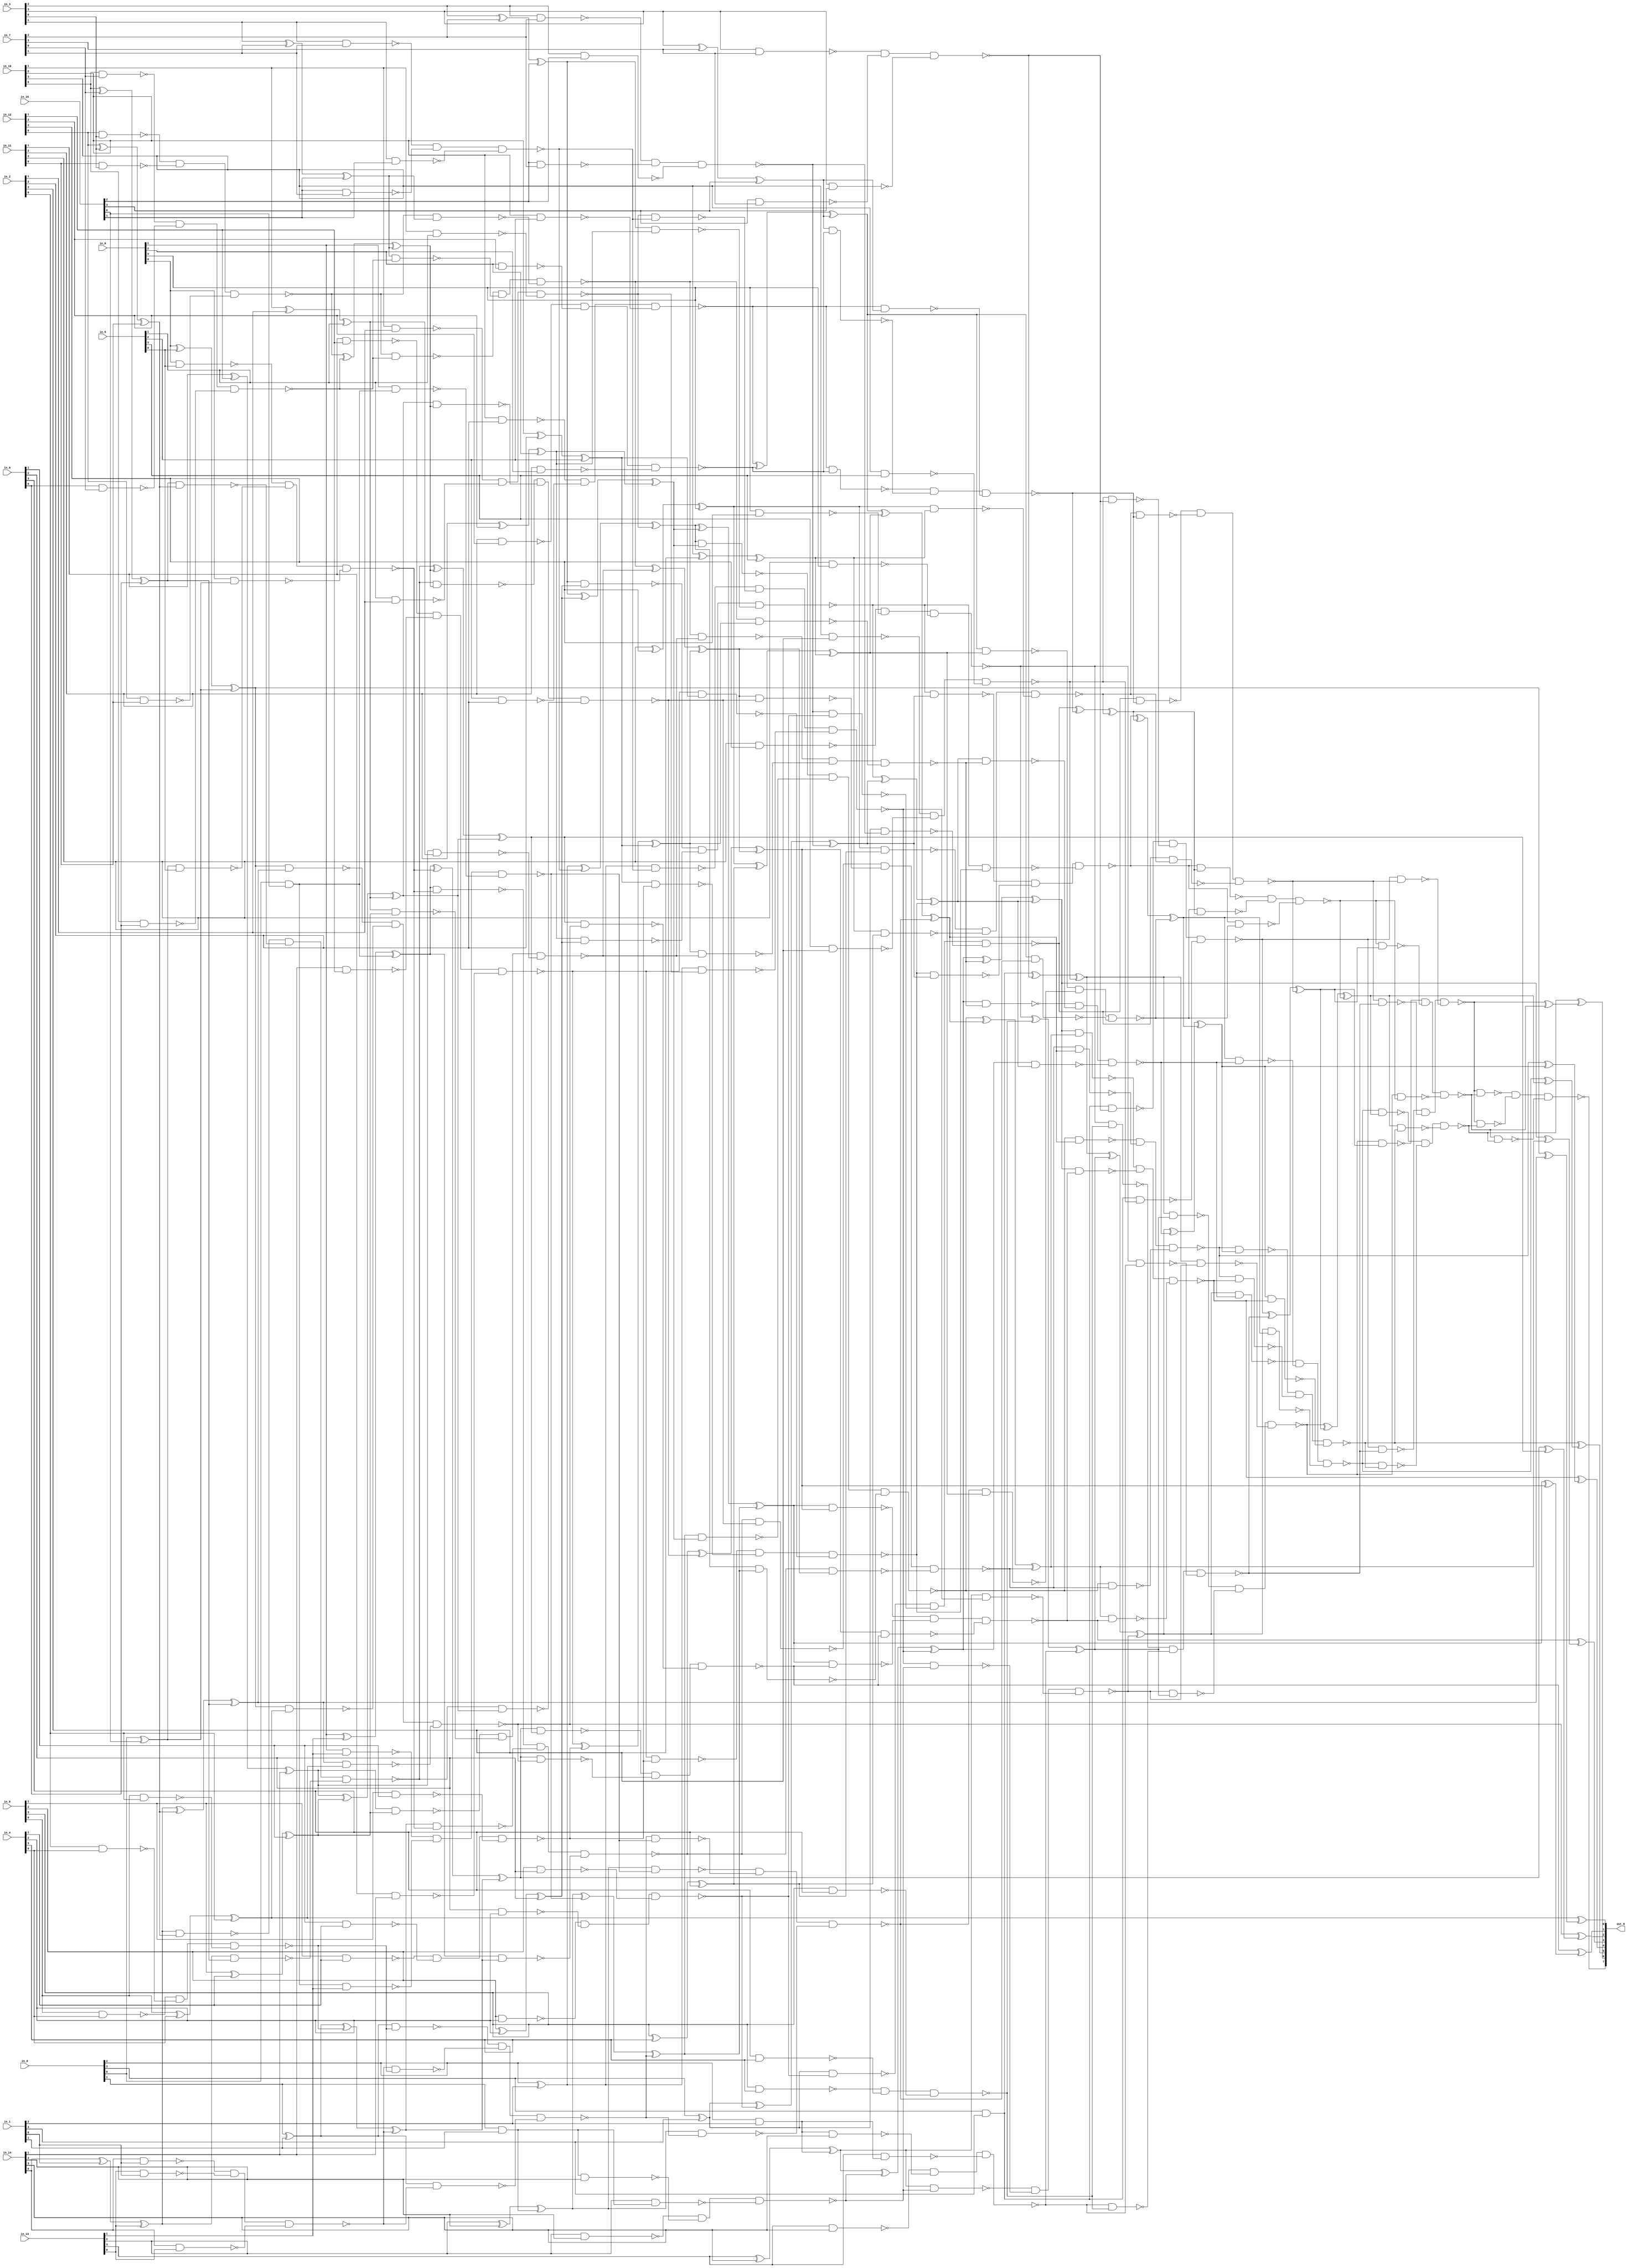
module csa_tree_add_469_129_group_97_GENERIC_REAL(in_0, in_1, in_2,
     in_3, in_4, in_5, in_6, in_7, in_8, in_9, in_10, in_11, in_12,
     in_13, in_14, in_15, out_0);
// synthesis_equation "assign out_0 = ( ( ( ( ( ( ( ( ( ( ( ( ( ( ( in_14 + in_15 )  + in_13 )  + in_12 )  + in_11 )  + in_10 )  + in_9 )  + in_8 )  + in_7 )  + in_6 )  + in_5 )  + in_4 )  + in_3 )  + in_2 )  + in_1 )  + in_0 )  ;"
  input [3:0] in_0, in_1, in_2, in_3, in_4, in_5, in_6, in_7, in_8,
       in_9, in_10, in_11, in_12, in_13, in_14, in_15;
  output [7:0] out_0;
  wire [3:0] in_0, in_1, in_2, in_3, in_4, in_5, in_6, in_7, in_8,
       in_9, in_10, in_11, in_12, in_13, in_14, in_15;
  wire [7:0] out_0;
  wire n_74, n_75, n_76, n_77, n_78, n_79, n_80, n_82;
  wire n_83, n_84, n_85, n_86, n_87, n_88, n_89, n_90;
  wire n_91, n_92, n_93, n_94, n_95, n_96, n_97, n_98;
  wire n_99, n_100, n_101, n_102, n_103, n_104, n_105, n_106;
  wire n_107, n_108, n_109, n_110, n_111, n_112, n_113, n_114;
  wire n_115, n_116, n_117, n_118, n_119, n_120, n_121, n_122;
  wire n_123, n_124, n_125, n_126, n_127, n_128, n_129, n_130;
  wire n_131, n_132, n_133, n_134, n_135, n_136, n_137, n_138;
  wire n_139, n_140, n_141, n_142, n_143, n_144, n_145, n_146;
  wire n_147, n_148, n_149, n_150, n_151, n_152, n_153, n_154;
  wire n_155, n_156, n_157, n_158, n_159, n_160, n_161, n_162;
  wire n_163, n_164, n_165, n_166, n_167, n_168, n_169, n_170;
  wire n_171, n_172, n_173, n_174, n_175, n_176, n_177, n_178;
  wire n_179, n_180, n_181, n_182, n_183, n_184, n_185, n_186;
  wire n_187, n_188, n_189, n_190, n_191, n_192, n_193, n_194;
  wire n_195, n_196, n_197, n_198, n_199, n_200, n_201, n_202;
  wire n_203, n_204, n_205, n_206, n_207, n_208, n_209, n_210;
  wire n_211, n_212, n_213, n_214, n_215, n_216, n_217, n_218;
  wire n_219, n_220, n_221, n_222, n_223, n_224, n_225, n_226;
  wire n_227, n_228, n_229, n_230, n_231, n_232, n_233, n_234;
  wire n_235, n_236, n_237, n_238, n_239, n_240, n_241, n_242;
  wire n_243, n_244, n_245, n_246, n_247, n_248, n_249, n_250;
  wire n_251, n_252, n_253, n_254, n_255, n_256, n_257, n_258;
  wire n_259, n_260, n_261, n_262, n_263, n_264, n_265, n_266;
  wire n_267, n_268, n_269, n_270, n_271, n_272, n_273, n_274;
  wire n_275, n_276, n_277, n_278, n_279, n_280, n_281, n_282;
  wire n_283, n_284, n_285, n_286, n_287, n_288, n_289, n_290;
  wire n_291, n_292, n_293, n_294, n_295, n_296, n_297, n_298;
  wire n_299, n_300, n_301, n_302, n_303, n_304, n_305, n_306;
  wire n_307, n_308, n_309, n_310, n_311, n_312, n_313, n_314;
  wire n_315, n_316, n_317, n_318, n_319, n_320, n_321, n_322;
  wire n_323, n_324, n_325, n_326, n_327, n_328, n_329, n_330;
  wire n_331, n_332, n_333, n_334, n_335, n_336, n_337, n_338;
  wire n_339, n_340, n_341, n_342, n_343, n_344, n_345, n_346;
  wire n_347, n_348, n_349, n_350, n_351, n_352, n_353, n_354;
  wire n_355, n_356, n_357, n_358, n_359, n_360, n_361, n_362;
  wire n_363, n_364, n_365, n_366, n_367, n_368, n_369, n_370;
  wire n_371, n_372, n_373, n_374, n_375, n_376, n_377, n_378;
  wire n_379, n_380, n_381, n_382, n_383, n_384, n_385, n_386;
  wire n_387, n_388, n_389, n_390, n_391, n_392, n_393, n_394;
  wire n_395, n_396, n_397, n_398, n_399, n_400, n_401, n_402;
  wire n_403, n_404, n_405, n_406, n_407, n_408, n_409, n_410;
  xor g1 (n_90, in_0[0], in_15[0]);
  and g54 (n_94, in_0[0], in_15[0]);
  xor g55 (n_181, in_14[0], in_1[0]);
  xor g2 (n_91, n_181, in_13[0]);
  nand g56 (n_182, in_14[0], in_1[0]);
  nand g57 (n_183, in_13[0], in_1[0]);
  nand g58 (n_184, in_14[0], in_13[0]);
  nand g59 (n_97, n_182, n_183, n_184);
  xor g60 (n_185, in_12[0], in_3[0]);
  xor g61 (n_92, n_185, in_11[0]);
  nand g3 (n_186, in_12[0], in_3[0]);
  nand g62 (n_187, in_11[0], in_3[0]);
  nand g63 (n_188, in_12[0], in_11[0]);
  nand g64 (n_98, n_186, n_187, n_188);
  xor g65 (n_189, in_10[0], in_7[0]);
  xor g66 (n_93, n_189, in_9[0]);
  nand g67 (n_190, in_10[0], in_7[0]);
  nand g4 (n_191, in_9[0], in_7[0]);
  nand g68 (n_192, in_10[0], in_9[0]);
  nand g69 (n_99, n_190, n_191, n_192);
  xor g70 (n_193, in_8[0], in_4[0]);
  xor g71 (n_89, n_193, in_2[0]);
  nand g72 (n_194, in_8[0], in_4[0]);
  nand g73 (n_195, in_2[0], in_4[0]);
  nand g5 (n_196, in_8[0], in_2[0]);
  nand g74 (n_96, n_194, n_195, n_196);
  xor g75 (n_197, in_6[0], in_5[0]);
  xor g76 (n_80, n_197, n_90);
  nand g77 (n_198, in_6[0], in_5[0]);
  nand g78 (n_199, n_90, in_5[0]);
  nand g79 (n_200, in_6[0], n_90);
  nand g6 (n_105, n_198, n_199, n_200);
  xor g80 (n_201, n_91, n_92);
  xor g81 (n_88, n_201, n_93);
  nand g82 (n_202, n_91, n_92);
  nand g83 (n_203, n_93, n_92);
  nand g84 (n_204, n_91, n_93);
  nand g85 (n_107, n_202, n_203, n_204);
  xor g86 (n_95, in_0[1], in_1[1]);
  and g87 (n_110, in_0[1], in_1[1]);
  xor g88 (n_205, in_3[1], in_7[1]);
  xor g89 (n_100, n_205, in_15[1]);
  nand g90 (n_206, in_3[1], in_7[1]);
  nand g91 (n_207, in_15[1], in_7[1]);
  nand g92 (n_208, in_3[1], in_15[1]);
  nand g93 (n_112, n_206, n_207, n_208);
  xor g94 (n_209, in_8[1], in_4[1]);
  xor g95 (n_102, n_209, in_9[1]);
  nand g96 (n_210, in_8[1], in_4[1]);
  nand g97 (n_211, in_9[1], in_4[1]);
  nand g98 (n_212, in_8[1], in_9[1]);
  nand g99 (n_115, n_210, n_211, n_212);
  xor g100 (n_213, in_10[1], in_2[1]);
  xor g101 (n_103, n_213, in_5[1]);
  nand g102 (n_214, in_10[1], in_2[1]);
  nand g103 (n_215, in_5[1], in_2[1]);
  nand g104 (n_216, in_10[1], in_5[1]);
  nand g105 (n_113, n_214, n_215, n_216);
  xor g106 (n_217, in_11[1], in_12[1]);
  xor g107 (n_101, n_217, in_14[1]);
  nand g108 (n_218, in_11[1], in_12[1]);
  nand g109 (n_219, in_14[1], in_12[1]);
  nand g110 (n_220, in_11[1], in_14[1]);
  nand g111 (n_114, n_218, n_219, n_220);
  xor g112 (n_221, in_6[1], in_13[1]);
  xor g113 (n_104, n_221, n_94);
  nand g114 (n_222, in_6[1], in_13[1]);
  nand g115 (n_223, n_94, in_13[1]);
  nand g116 (n_224, in_6[1], n_94);
  nand g117 (n_121, n_222, n_223, n_224);
  xor g118 (n_225, n_95, n_96);
  xor g119 (n_106, n_225, n_97);
  nand g120 (n_226, n_95, n_96);
  nand g121 (n_227, n_97, n_96);
  nand g122 (n_228, n_95, n_97);
  nand g123 (n_122, n_226, n_227, n_228);
  xor g124 (n_229, n_98, n_99);
  xor g125 (n_108, n_229, n_100);
  nand g126 (n_230, n_98, n_99);
  nand g127 (n_231, n_100, n_99);
  nand g128 (n_232, n_98, n_100);
  nand g129 (n_123, n_230, n_231, n_232);
  xor g130 (n_233, n_101, n_102);
  xor g131 (n_109, n_233, n_103);
  nand g132 (n_234, n_101, n_102);
  nand g133 (n_235, n_103, n_102);
  nand g134 (n_236, n_101, n_103);
  nand g135 (n_124, n_234, n_235, n_236);
  xor g136 (n_237, n_104, n_105);
  xor g137 (n_79, n_237, n_106);
  nand g138 (n_238, n_104, n_105);
  nand g139 (n_239, n_106, n_105);
  nand g140 (n_240, n_104, n_106);
  nand g141 (n_129, n_238, n_239, n_240);
  xor g142 (n_241, n_107, n_108);
  xor g143 (n_87, n_241, n_109);
  nand g144 (n_242, n_107, n_108);
  nand g145 (n_243, n_109, n_108);
  nand g146 (n_244, n_107, n_109);
  nand g147 (n_130, n_242, n_243, n_244);
  xor g148 (n_111, in_0[2], in_1[2]);
  and g149 (n_132, in_0[2], in_1[2]);
  xor g150 (n_245, in_3[2], in_7[2]);
  xor g151 (n_117, n_245, in_15[2]);
  nand g152 (n_246, in_3[2], in_7[2]);
  nand g153 (n_247, in_15[2], in_7[2]);
  nand g154 (n_248, in_3[2], in_15[2]);
  nand g155 (n_135, n_246, n_247, n_248);
  xor g156 (n_249, in_8[2], in_4[2]);
  xor g157 (n_118, n_249, in_9[2]);
  nand g158 (n_250, in_8[2], in_4[2]);
  nand g159 (n_251, in_9[2], in_4[2]);
  nand g160 (n_252, in_8[2], in_9[2]);
  nand g161 (n_134, n_250, n_251, n_252);
  xor g162 (n_253, in_10[2], in_2[2]);
  xor g163 (n_116, n_253, in_5[2]);
  nand g164 (n_254, in_10[2], in_2[2]);
  nand g165 (n_255, in_5[2], in_2[2]);
  nand g166 (n_256, in_10[2], in_5[2]);
  nand g167 (n_136, n_254, n_255, n_256);
  xor g168 (n_257, in_11[2], in_12[2]);
  xor g169 (n_119, n_257, in_6[2]);
  nand g170 (n_258, in_11[2], in_12[2]);
  nand g171 (n_259, in_6[2], in_12[2]);
  nand g172 (n_260, in_11[2], in_6[2]);
  nand g173 (n_137, n_258, n_259, n_260);
  xor g174 (n_261, in_13[2], in_14[2]);
  xor g175 (n_120, n_261, n_110);
  nand g176 (n_262, in_13[2], in_14[2]);
  nand g177 (n_263, n_110, in_14[2]);
  nand g178 (n_264, in_13[2], n_110);
  nand g179 (n_143, n_262, n_263, n_264);
  xor g180 (n_265, n_111, n_112);
  xor g181 (n_126, n_265, n_113);
  nand g182 (n_266, n_111, n_112);
  nand g183 (n_267, n_113, n_112);
  nand g184 (n_268, n_111, n_113);
  nand g185 (n_144, n_266, n_267, n_268);
  xor g186 (n_269, n_114, n_115);
  xor g187 (n_125, n_269, n_116);
  nand g188 (n_270, n_114, n_115);
  nand g189 (n_271, n_116, n_115);
  nand g190 (n_272, n_114, n_116);
  nand g191 (n_147, n_270, n_271, n_272);
  xor g192 (n_273, n_117, n_118);
  xor g193 (n_127, n_273, n_119);
  nand g194 (n_274, n_117, n_118);
  nand g195 (n_275, n_119, n_118);
  nand g196 (n_276, n_117, n_119);
  nand g197 (n_145, n_274, n_275, n_276);
  xor g198 (n_277, n_120, n_121);
  xor g199 (n_128, n_277, n_122);
  nand g200 (n_278, n_120, n_121);
  nand g201 (n_279, n_122, n_121);
  nand g202 (n_280, n_120, n_122);
  nand g203 (n_150, n_278, n_279, n_280);
  xor g204 (n_281, n_123, n_124);
  xor g205 (n_131, n_281, n_125);
  nand g206 (n_282, n_123, n_124);
  nand g207 (n_283, n_125, n_124);
  nand g208 (n_284, n_123, n_125);
  nand g209 (n_152, n_282, n_283, n_284);
  xor g210 (n_285, n_126, n_127);
  xor g211 (n_78, n_285, n_128);
  nand g212 (n_286, n_126, n_127);
  nand g213 (n_287, n_128, n_127);
  nand g214 (n_288, n_126, n_128);
  nand g215 (n_154, n_286, n_287, n_288);
  xor g216 (n_289, n_129, n_130);
  xor g217 (n_86, n_289, n_131);
  nand g218 (n_290, n_129, n_130);
  nand g219 (n_291, n_131, n_130);
  nand g220 (n_292, n_129, n_131);
  nand g221 (n_156, n_290, n_291, n_292);
  xor g222 (n_133, in_0[3], in_1[3]);
  and g223 (n_157, in_0[3], in_1[3]);
  xor g224 (n_293, in_3[3], in_7[3]);
  xor g225 (n_138, n_293, in_15[3]);
  nand g226 (n_294, in_3[3], in_7[3]);
  nand g227 (n_295, in_15[3], in_7[3]);
  nand g228 (n_296, in_3[3], in_15[3]);
  nand g229 (n_158, n_294, n_295, n_296);
  xor g230 (n_297, in_8[3], in_4[3]);
  xor g231 (n_140, n_297, in_9[3]);
  nand g232 (n_298, in_8[3], in_4[3]);
  nand g233 (n_299, in_9[3], in_4[3]);
  nand g234 (n_300, in_8[3], in_9[3]);
  nand g235 (n_161, n_298, n_299, n_300);
  xor g236 (n_301, in_10[3], in_2[3]);
  xor g237 (n_141, n_301, in_5[3]);
  nand g238 (n_302, in_10[3], in_2[3]);
  nand g239 (n_303, in_5[3], in_2[3]);
  nand g240 (n_304, in_10[3], in_5[3]);
  nand g241 (n_159, n_302, n_303, n_304);
  xor g242 (n_305, in_11[3], in_12[3]);
  xor g243 (n_139, n_305, in_6[3]);
  nand g244 (n_306, in_11[3], in_12[3]);
  nand g245 (n_307, in_6[3], in_12[3]);
  nand g246 (n_308, in_11[3], in_6[3]);
  nand g247 (n_160, n_306, n_307, n_308);
  xor g248 (n_309, in_13[3], in_14[3]);
  xor g249 (n_142, n_309, n_132);
  nand g250 (n_310, in_13[3], in_14[3]);
  nand g251 (n_311, n_132, in_14[3]);
  nand g252 (n_312, in_13[3], n_132);
  nand g253 (n_162, n_310, n_311, n_312);
  xor g254 (n_313, n_133, n_134);
  xor g255 (n_146, n_313, n_135);
  nand g256 (n_314, n_133, n_134);
  nand g257 (n_315, n_135, n_134);
  nand g258 (n_316, n_133, n_135);
  nand g259 (n_163, n_314, n_315, n_316);
  xor g260 (n_317, n_136, n_137);
  xor g261 (n_148, n_317, n_138);
  nand g262 (n_318, n_136, n_137);
  nand g263 (n_319, n_138, n_137);
  nand g264 (n_320, n_136, n_138);
  nand g265 (n_164, n_318, n_319, n_320);
  xor g266 (n_321, n_139, n_140);
  xor g267 (n_149, n_321, n_141);
  nand g268 (n_322, n_139, n_140);
  nand g269 (n_323, n_141, n_140);
  nand g270 (n_324, n_139, n_141);
  nand g271 (n_165, n_322, n_323, n_324);
  xor g272 (n_325, n_142, n_143);
  xor g273 (n_151, n_325, n_144);
  nand g274 (n_326, n_142, n_143);
  nand g275 (n_327, n_144, n_143);
  nand g276 (n_328, n_142, n_144);
  nand g277 (n_168, n_326, n_327, n_328);
  xor g278 (n_329, n_145, n_146);
  xor g279 (n_153, n_329, n_147);
  nand g280 (n_330, n_145, n_146);
  nand g281 (n_331, n_147, n_146);
  nand g282 (n_332, n_145, n_147);
  nand g283 (n_169, n_330, n_331, n_332);
  xor g284 (n_333, n_148, n_149);
  xor g285 (n_155, n_333, n_150);
  nand g286 (n_334, n_148, n_149);
  nand g287 (n_335, n_150, n_149);
  nand g288 (n_336, n_148, n_150);
  nand g289 (n_171, n_334, n_335, n_336);
  xor g290 (n_337, n_151, n_152);
  xor g291 (n_77, n_337, n_153);
  nand g292 (n_338, n_151, n_152);
  nand g293 (n_339, n_153, n_152);
  nand g294 (n_340, n_151, n_153);
  nand g295 (n_173, n_338, n_339, n_340);
  xor g296 (n_341, n_154, n_155);
  xor g297 (n_85, n_341, n_156);
  nand g298 (n_342, n_154, n_155);
  nand g299 (n_343, n_156, n_155);
  nand g300 (n_344, n_154, n_156);
  nand g301 (n_76, n_342, n_343, n_344);
  xor g302 (n_345, n_157, n_158);
  xor g303 (n_166, n_345, n_159);
  nand g304 (n_346, n_157, n_158);
  nand g305 (n_347, n_159, n_158);
  nand g306 (n_348, n_157, n_159);
  nand g307 (n_175, n_346, n_347, n_348);
  xor g308 (n_349, n_160, n_161);
  xor g309 (n_167, n_349, n_162);
  nand g310 (n_350, n_160, n_161);
  nand g311 (n_351, n_162, n_161);
  nand g312 (n_352, n_160, n_162);
  nand g313 (n_176, n_350, n_351, n_352);
  xor g314 (n_353, n_163, n_164);
  xor g315 (n_170, n_353, n_165);
  nand g316 (n_354, n_163, n_164);
  nand g317 (n_355, n_165, n_164);
  nand g318 (n_356, n_163, n_165);
  nand g319 (n_177, n_354, n_355, n_356);
  xor g320 (n_357, n_166, n_167);
  xor g321 (n_172, n_357, n_168);
  nand g322 (n_358, n_166, n_167);
  nand g323 (n_359, n_168, n_167);
  nand g324 (n_360, n_166, n_168);
  nand g325 (n_178, n_358, n_359, n_360);
  xor g326 (n_361, n_169, n_170);
  xor g327 (n_174, n_361, n_171);
  nand g328 (n_362, n_169, n_170);
  nand g329 (n_363, n_171, n_170);
  nand g330 (n_364, n_169, n_171);
  nand g331 (n_180, n_362, n_363, n_364);
  xor g332 (n_365, n_172, n_173);
  xor g333 (n_84, n_365, n_174);
  nand g334 (n_366, n_172, n_173);
  nand g335 (n_367, n_174, n_173);
  nand g336 (n_368, n_172, n_174);
  nand g337 (n_75, n_366, n_367, n_368);
  xor g338 (n_369, n_175, n_176);
  xor g339 (n_179, n_369, n_177);
  nand g340 (n_370, n_175, n_176);
  nand g341 (n_371, n_177, n_176);
  nand g342 (n_372, n_175, n_177);
  nand g343 (n_74, n_370, n_371, n_372);
  xor g344 (n_373, n_178, n_179);
  xor g345 (n_83, n_373, n_180);
  nand g346 (n_374, n_178, n_179);
  nand g347 (n_375, n_180, n_179);
  nand g348 (n_376, n_178, n_180);
  nand g349 (n_82, n_374, n_375, n_376);
  nand g350 (n_377, n_80, n_88);
  nand g351 (n_378, n_80, n_89);
  nand g352 (n_379, n_88, n_89);
  nand g353 (n_381, n_377, n_378, n_379);
  xor g354 (n_380, n_80, n_88);
  xor g355 (out_0[0], n_89, n_380);
  nand g7 (n_382, n_79, n_87);
  nand g8 (n_383, n_79, n_381);
  nand g9 (n_384, n_87, n_381);
  nand g10 (n_386, n_382, n_383, n_384);
  xor g11 (n_385, n_79, n_87);
  xor g12 (out_0[1], n_381, n_385);
  nand g13 (n_387, n_78, n_86);
  nand g14 (n_388, n_78, n_386);
  nand g15 (n_389, n_86, n_386);
  nand g16 (n_391, n_387, n_388, n_389);
  xor g17 (n_390, n_78, n_86);
  xor g18 (out_0[2], n_386, n_390);
  nand g19 (n_392, n_77, n_85);
  nand g20 (n_393, n_77, n_391);
  nand g21 (n_394, n_85, n_391);
  nand g22 (n_396, n_392, n_393, n_394);
  xor g23 (n_395, n_77, n_85);
  xor g24 (out_0[3], n_391, n_395);
  nand g25 (n_397, n_76, n_84);
  nand g26 (n_398, n_76, n_396);
  nand g27 (n_399, n_84, n_396);
  nand g28 (n_401, n_397, n_398, n_399);
  xor g29 (n_400, n_76, n_84);
  xor g30 (out_0[4], n_396, n_400);
  nand g31 (n_402, n_75, n_83);
  nand g32 (n_403, n_75, n_401);
  nand g33 (n_404, n_83, n_401);
  nand g34 (n_406, n_402, n_403, n_404);
  xor g35 (n_405, n_75, n_83);
  xor g36 (out_0[5], n_401, n_405);
  nand g37 (n_407, n_74, n_82);
  nand g38 (n_408, n_74, n_406);
  nand g39 (n_409, n_82, n_406);
  nand g40 (out_0[7], n_407, n_408, n_409);
  xor g41 (n_410, n_74, n_82);
  xor g42 (out_0[6], n_406, n_410);
endmodule

module csa_tree_add_469_129_group_97_GENERIC(in_0, in_1, in_2, in_3,
     in_4, in_5, in_6, in_7, in_8, in_9, in_10, in_11, in_12, in_13,
     in_14, in_15, out_0);
  input [3:0] in_0, in_1, in_2, in_3, in_4, in_5, in_6, in_7, in_8,
       in_9, in_10, in_11, in_12, in_13, in_14, in_15;
  output [7:0] out_0;
  wire [3:0] in_0, in_1, in_2, in_3, in_4, in_5, in_6, in_7, in_8,
       in_9, in_10, in_11, in_12, in_13, in_14, in_15;
  wire [7:0] out_0;
  csa_tree_add_469_129_group_97_GENERIC_REAL g1(.in_0 (in_0), .in_1
       (in_1), .in_2 (in_2), .in_3 (in_3), .in_4 (in_4), .in_5 (in_5),
       .in_6 (in_6), .in_7 (in_7), .in_8 (in_8), .in_9 (in_9), .in_10
       (in_10), .in_11 (in_11), .in_12 (in_12), .in_13 (in_13), .in_14
       (in_14), .in_15 (in_15), .out_0 (out_0));
endmodule